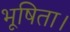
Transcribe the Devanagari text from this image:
भूषिता।